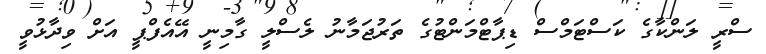
ސްރީ ލަންކާގެ ކަސްޓަމްސް ޑިޕާޓްމަންޓުގެ ތަރުޖަމާނު ލެސްލީ ގާމިނީ އޭއެފްޕީ އަށް ވިދާޅުވީ